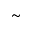
\sim